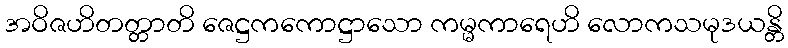
အဝိဇဟိတတ္တာတိ ဇေဋ္ဌကကောဋ္ဌာသော ကမ္မကာရေဟိ လောကသမုဒယန္တိ